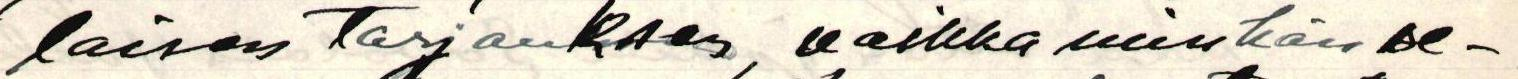
laisen tarjouksen, vaikka niinhän  se -